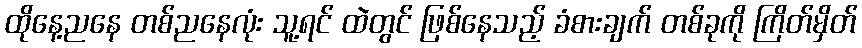
ထိုနေ့ညနေ တစ်ညနေလုံး သူ့ရင် ထဲတွင် ဖြစ်နေသည့် ခံစားချက် တစ်ခုကို ကြိတ်မှိတ်